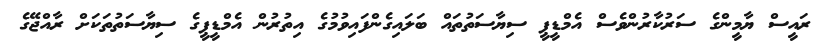
ރައީސް ޔާމީންގެ ސަރުކާރުންވެސް އެމްޑީޕީ ސިޔާސަތުތައް ބަލައިގެންފައިވުމުގެ އިތުރުން އެމްޑީޕީގެ ސިޔާސަތުތަކަށް ރާއްޖޭގެ